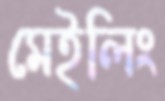
মেইলিং